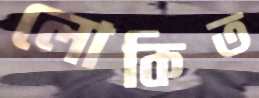
লোকিত